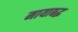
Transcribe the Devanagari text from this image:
मायाबद्ध